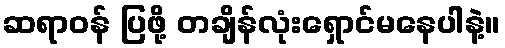
ဆရာဝန် ပြဖို့ တချိန်လုံးရှောင်မနေပါနဲ့။